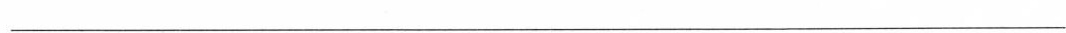
___